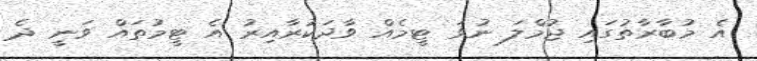
އެ މުބާރާތުގައި ޖުމްލަ ނުވަ ޓީމެއް ވާދަކުރާއިރު އެ ޓީމުތައް ވަނީ ދެ